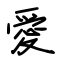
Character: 愛